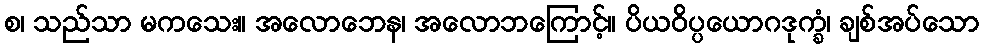
စ၊ သည်သာ မကသေး။ အလောဘေန၊ အလောဘကြောင့်။ ပိယဝိပ္ပယောဂဒုက္ခံ၊ ချစ်အပ်သော